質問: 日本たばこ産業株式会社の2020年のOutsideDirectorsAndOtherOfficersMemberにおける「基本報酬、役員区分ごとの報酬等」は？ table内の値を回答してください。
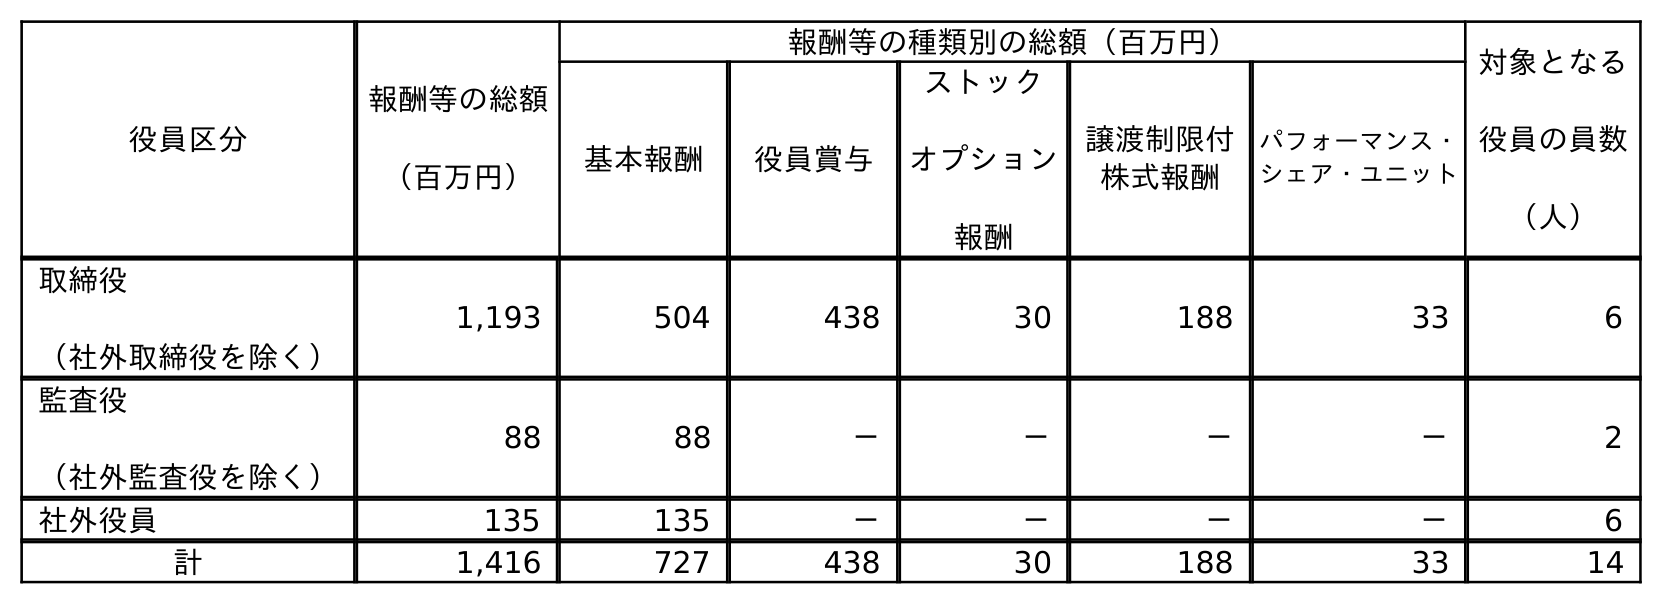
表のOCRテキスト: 役員区分 報酬等の総額 （百万円） 報酬等の種類別の総額（百万円） 対象となる 役員の員数 （人） 基本報酬 役員賞与 ストック オプション 報酬 譲渡制限付 株式報酬 パフォーマンス・ シェア・ユニット 取締役 （社外取締役を除く） 1,193 504 438 30 188 33 6 監査役 （社外監査役を除く） 88 88 － － － － 2 社外役員 135 135 － － － － 6 計 1,416 727 438 30 188 33 14
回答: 135